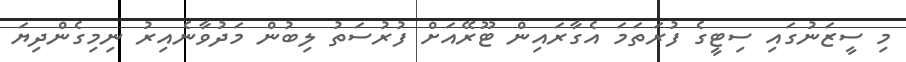
މި ސީޒަނުގައި ސިޓީގެ ފުރަތަމަ އެގާރައިން ޓޫރޭއަށް ފުރުސަތު ލިބުން މަދުވާނެއިރު ނިމިގެންދިޔަ